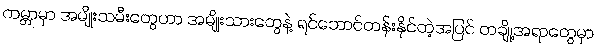
ကမ္ဘာမှာ အမျိုးသမီးတွေဟာ အမျိုးသားတွေနဲ့ ရင်ဘောင်တန်းနိုင်တဲ့အပြင် တချို့အရာတွေမှာ